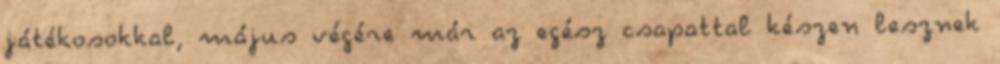
játékosokkal, május végére már az egész csapattal készen lesznek